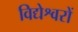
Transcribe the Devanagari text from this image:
विद्येश्वरों